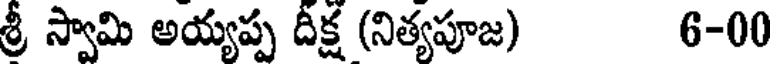
శ్రీ స్వామి అయ్యప్ప దీక్ష (నిత్యపూజ) 6-00